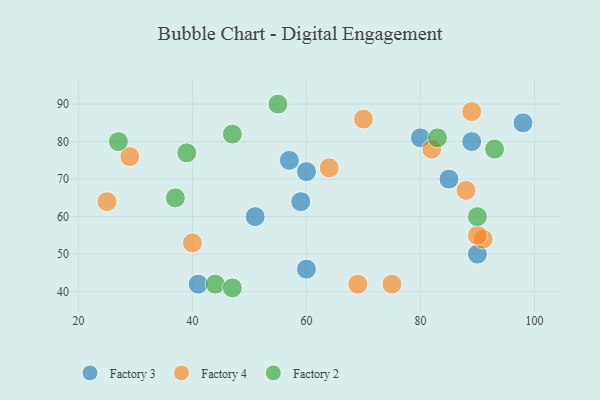
{"axis": {"x": "GDP", "y": "Life Expectancy"}, "legend": ["Factory 2", "Factory 3", "Factory 4"], "data": [{"x": "57", "y": 75, "type": "Factory 3"}, {"x": "80", "y": 81, "type": "Factory 3"}, {"x": "41", "y": 42, "type": "Factory 3"}, {"x": "90", "y": 50, "type": "Factory 3"}, {"x": "60", "y": 72, "type": "Factory 3"}, {"x": "98", "y": 85, "type": "Factory 3"}, {"x": "85", "y": 70, "type": "Factory 3"}, {"x": "59", "y": 64, "type": "Factory 3"}, {"x": "51", "y": 60, "type": "Factory 3"}, {"x": "60", "y": 46, "type": "Factory 3"}, {"x": "89", "y": 80, "type": "Factory 3"}, {"x": "82", "y": 78, "type": "Factory 4"}, {"x": "75", "y": 42, "type": "Factory 4"}, {"x": "40", "y": 53, "type": "Factory 4"}, {"x": "69", "y": 42, "type": "Factory 4"}, {"x": "91", "y": 54, "type": "Factory 4"}, {"x": "70", "y": 86, "type": "Factory 4"}, {"x": "88", "y": 67, "type": "Factory 4"}, {"x": "90", "y": 55, "type": "Factory 4"}, {"x": "89", "y": 88, "type": "Factory 4"}, {"x": "25", "y": 64, "type": "Factory 4"}, {"x": "64", "y": 73, "type": "Factory 4"}, {"x": "29", "y": 76, "type": "Factory 4"}, {"x": "47", "y": 82, "type": "Factory 2"}, {"x": "83", "y": 81, "type": "Factory 2"}, {"x": "55", "y": 90, "type": "Factory 2"}, {"x": "90", "y": 60, "type": "Factory 2"}, {"x": "44", "y": 42, "type": "Factory 2"}, {"x": "27", "y": 80, "type": "Factory 2"}, {"x": "37", "y": 65, "type": "Factory 2"}, {"x": "93", "y": 78, "type": "Factory 2"}, {"x": "39", "y": 77, "type": "Factory 2"}, {"x": "47", "y": 41, "type": "Factory 2"}]}